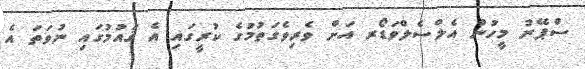
ސްޕޭނު މީހުން އެލްސެލްވަޑޯރ އަށް ވެރިވެގަތުމުގެ ކުރީގައި އެ ޤައުމުގައި ނުވަތަ އެ